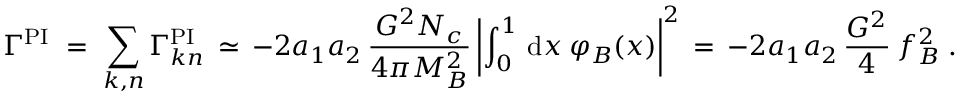
\Gamma ^ { \mathrm { P I } } \; = \; \sum _ { k , n } \Gamma _ { k n } ^ { \mathrm { P I } } \, \simeq \, - 2 a _ { 1 } a _ { 2 } \, \frac { G ^ { 2 } N _ { c } } { 4 \pi M _ { B } ^ { 2 } } \left| \int _ { 0 } ^ { 1 } \, \mathrm { d } x \: \varphi _ { B } ( x ) \right| ^ { 2 } \, = \, - 2 a _ { 1 } a _ { 2 } \, \frac { G ^ { 2 } } { 4 } \: f _ { B } ^ { 2 } \; .